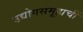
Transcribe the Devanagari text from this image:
उद्योगसमूहाचीं